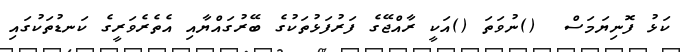
ކަޅު ފޮނިޔަމަސް  ()ނުވަތަ ()އަކީ ރާއްޖޭގެ ފަރުފަޅުތަކުގެ ބޭރުގައްޔާއި އެތެރެވަރީގެ ކަނޑުތަކުގައި